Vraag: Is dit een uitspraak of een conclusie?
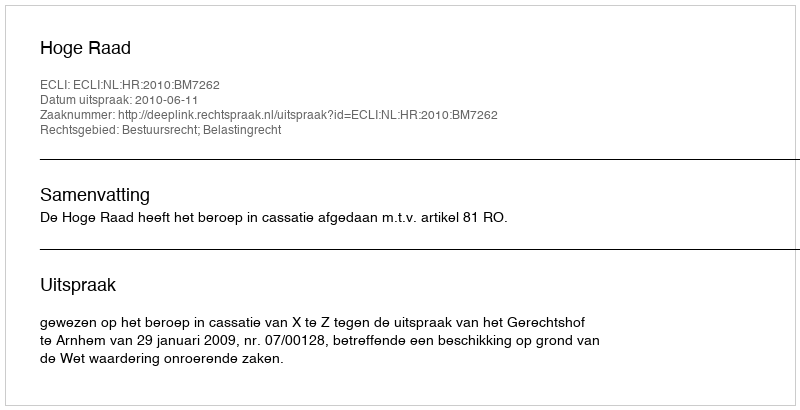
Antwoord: Uitspraak